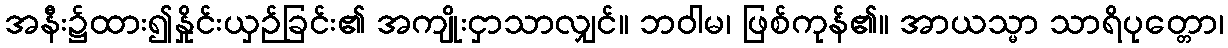
အနီး၌ထား၍နှိုင်းယှဉ်ခြင်း၏ အကျိုးငှာသာလျှင်။ ဘဝါမ၊ ဖြစ်ကုန်၏။ အာယသ္မာ သာရိပုတ္တော၊